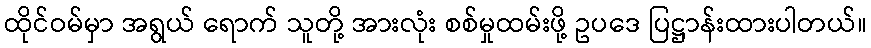
ထိုင်ဝမ်မှာ အရွယ် ရောက် သူတို့ အားလုံး စစ်မှုထမ်းဖို့ ဥပဒေ ပြဋ္ဌာန်းထားပါတယ်။